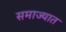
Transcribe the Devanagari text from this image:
समाज्यात